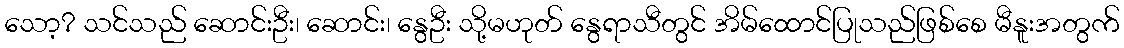
သော့? သင်သည် ဆောင်းဦး၊ ဆောင်း၊ နွေဦး သို့မဟုတ် နွေရာသီတွင် အိမ်ထောင်ပြုသည်ဖြစ်စေ မီနူးအတွက်